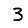
Digit: 3